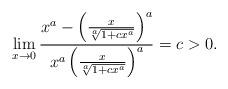
LaTeX: \begin{align*}\lim_{x \to 0} \dfrac{x^a-\left(\frac{x}{\sqrt[a]{1+c x^a}} \right)^a}{x^a\left(\frac{x}{\sqrt[a]{1+c x^a}} \right)^a}=c>0.\end{align*}